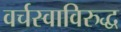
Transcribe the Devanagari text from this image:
वर्चस्वाविरुद्ध